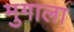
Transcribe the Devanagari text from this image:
मुगाला